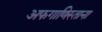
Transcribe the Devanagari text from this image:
अफगाणिस्ताना